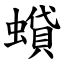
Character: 蟘